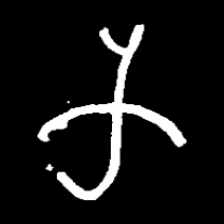
Pyu character \u2014 Myanmar letter: က (romanized: ka)